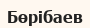
Бөрібаев